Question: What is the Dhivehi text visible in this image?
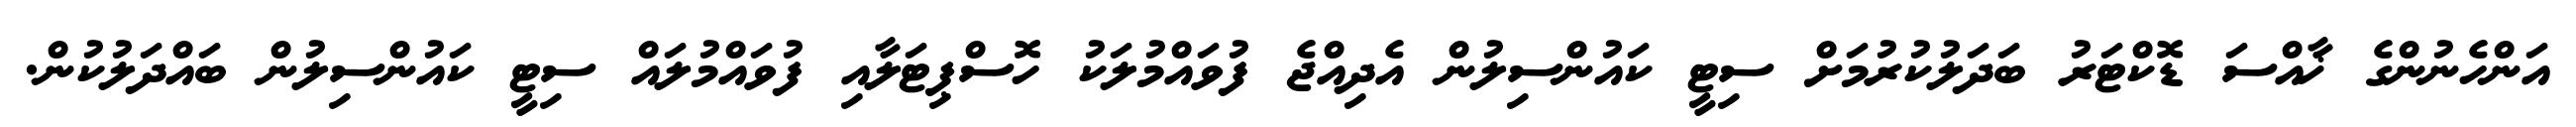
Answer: އަންހެނުންގެ ޚާއްސަ ޑޮކްޓަރު ބަދަލުކުރުމަށް ސިޓީ ކައުންސިލުން އެދިއްޖެ ފުވައްމުލަކު ހޮސްޕިޓަލާއި ފުވައްމުލައް ސިޓީ ކައުންސިލުން ބައްދަލުކުން.